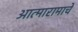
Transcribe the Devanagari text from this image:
आत्मारामाचे